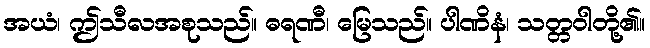
အယံ၊ ဤသီလအစုသည်။ ဓရဏီ၊ မြေသည်။ ပါဏိနံ၊ သတ္တဝါတို့၏။